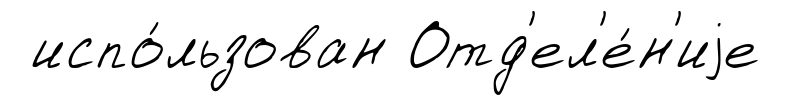
испо́льзован Отд'ел'е́н'иjе